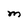
Character: M